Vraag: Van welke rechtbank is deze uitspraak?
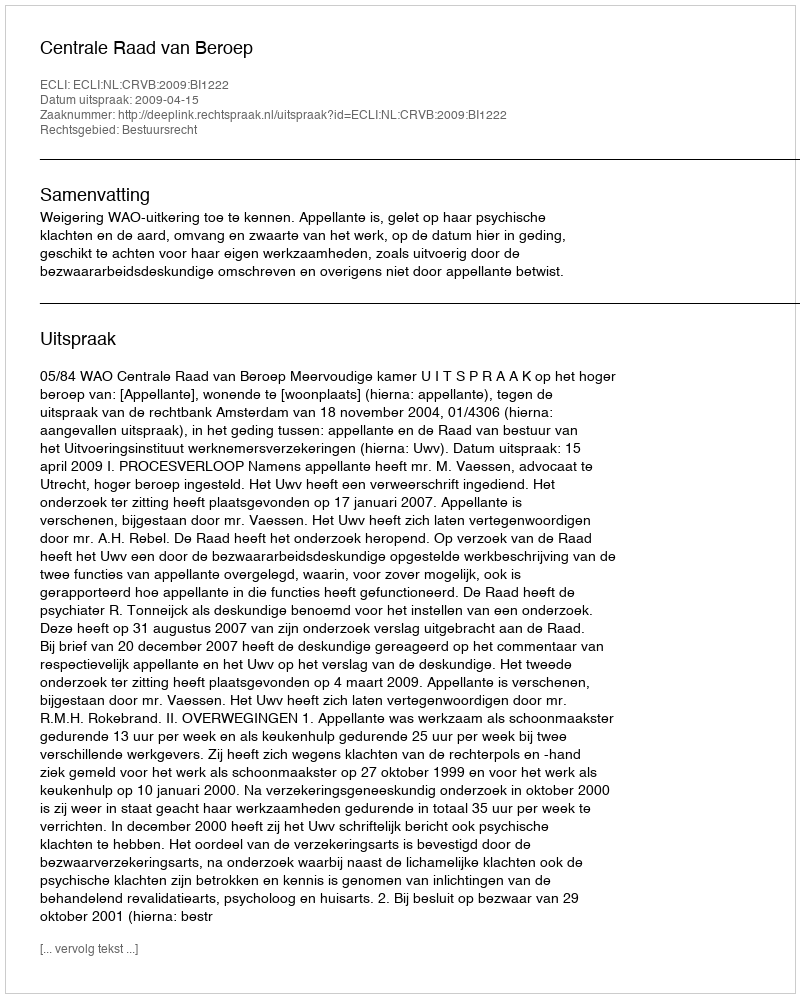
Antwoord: Centrale Raad van Beroep